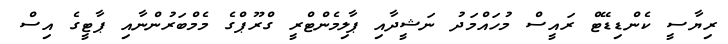
ރިޔާސީ ކެންޑިޑޭޓް ރައީސް މުހައްމަދު ނަޝީދާއި ޕާލިމެންޓްރީ ގްރޫޕްގެ މެމްބަރުންނާއި ޕާޓީގެ އިސް